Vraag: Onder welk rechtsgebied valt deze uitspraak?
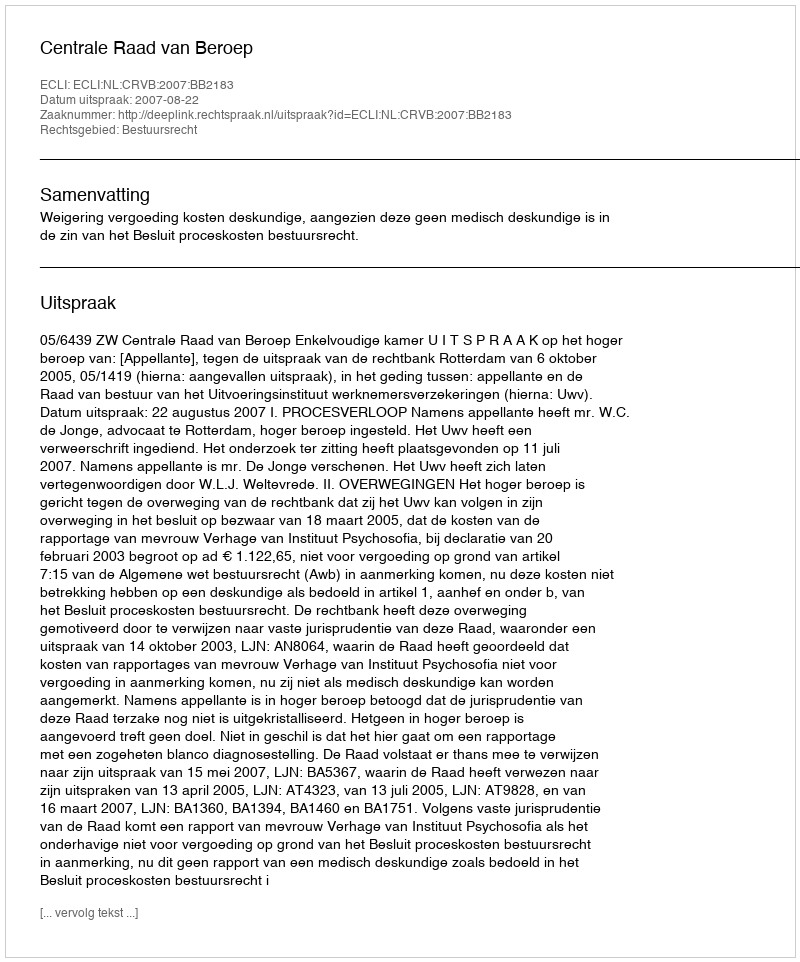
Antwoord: Bestuursrecht